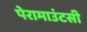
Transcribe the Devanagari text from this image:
पेरामाउंटसी